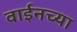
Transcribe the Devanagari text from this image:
वाईनच्या